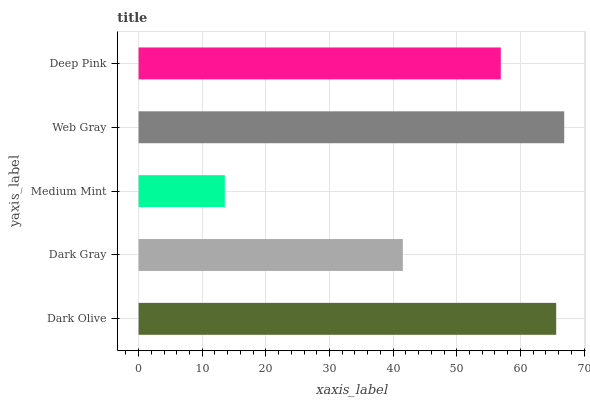
| yaxis_label | bars |
 | --- | --- |
 | Dark Olive | 65.6 |
 | Dark Gray | 41.5 |
 | Medium Mint | 13.6 |
 | Web Gray | 66.9 |
 | Deep Pink | 56.9 |